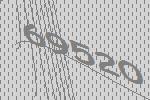
69520